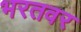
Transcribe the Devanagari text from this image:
भरतवर